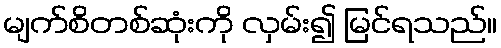
မျက်စိတစ်ဆုံးကို လှမ်း၍ မြင်ရသည်။